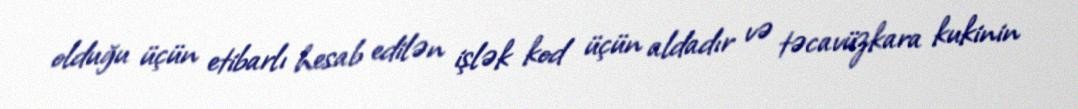
olduğu üçün etibarlı hesab edilən işlək kod üçün aldadır və təcavüzkara kukinin